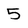
Character: 5